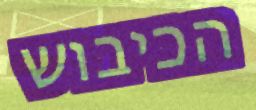
הכיבוש